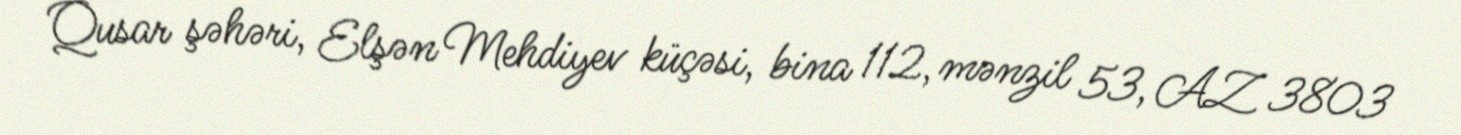
Qusar şəhəri, Elşən Mehdiyev küçəsi, bina 112, mənzil 53, AZ 3803